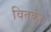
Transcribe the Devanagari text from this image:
वितर्क।